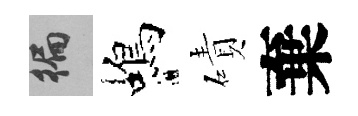
徧蝎磧棄